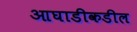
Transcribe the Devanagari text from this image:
आघाडीकडील